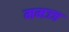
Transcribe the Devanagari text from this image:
ममज्ज